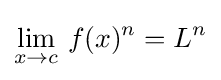
\lim _{x\to c}\,f(x)^{n}=L^{n}